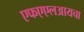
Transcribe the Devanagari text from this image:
एफएएलआयचा